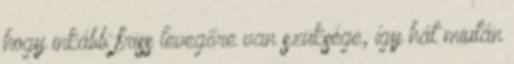
hogy inkább friss levegőre van szüksége, így hát miután